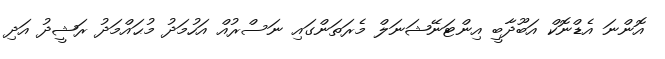
އޮންނަ އެޑްނޮކް އަބޫދާބީ އިންޓަނޭޝަނަލް މެރަތަންގައި ނަސްރުއް އަހުމަދު މުޙައްމަދު ރަޝީދު އަދި